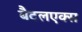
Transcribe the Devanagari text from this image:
बैटलएक्स